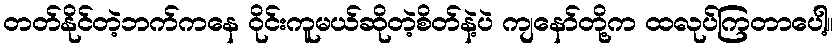
တတ်နိုင်တဲ့ဘက်ကနေ ဝိုင်းကူမယ်ဆိုတဲ့စိတ်နဲ့ပဲ ကျနော်တို့က ထလုပ်ကြတာပေါ့။